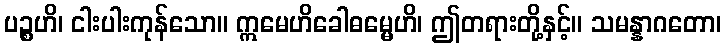
ပဉ္စဟိ၊ ငါးပါးကုန်သော။ ဣမေဟိခေါဓမ္မေဟိ၊ ဤတရားတို့နှင့်။ သမန္နာဂတော၊